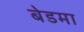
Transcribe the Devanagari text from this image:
बेडमा